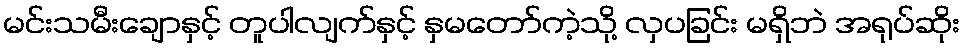
မင်းသမီးချောနှင့် တူပါလျက်နှင့် နှမတော်ကဲ့သို့ လှပခြင်း မရှိဘဲ အရုပ်ဆိုး